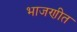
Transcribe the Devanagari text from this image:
भाजणीत